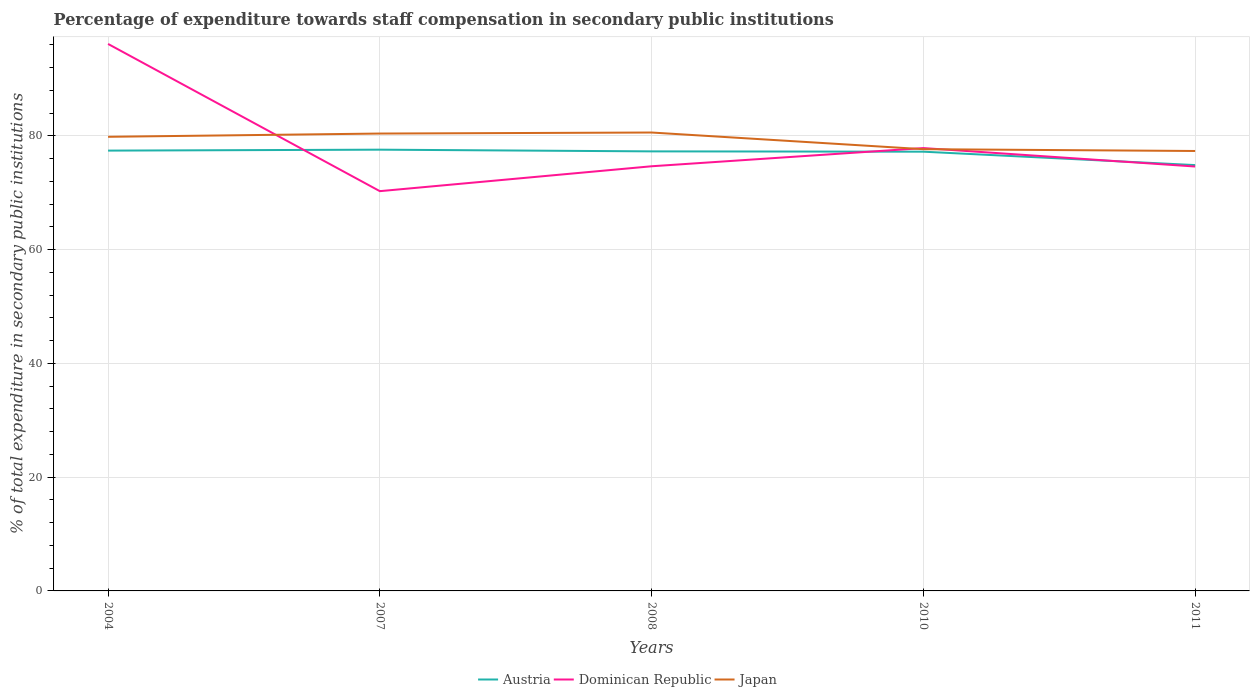
| Years | Austria | Dominican Republic | Japan |
 | --- | --- | --- | --- |
 | 2004 | 77.4 | 96.2 | 79.9 |
 | 2007 | 77.6 | 70.3 | 80.4 |
 | 2008 | 77.3 | 74.7 | 80.6 |
 | 2010 | 77.2 | 77.9 | 77.7 |
 | 2011 | 74.9 | 74.6 | 77.4 |